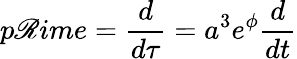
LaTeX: p\mathscr{R}ime=\frac{{d}}{{d\tau}}=a^{3}e^{\phi}\frac{{d}}{{dt}}